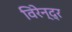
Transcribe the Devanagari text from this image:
विरेन्‍द्र